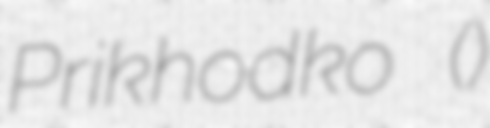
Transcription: Prikhodko (Приходько)